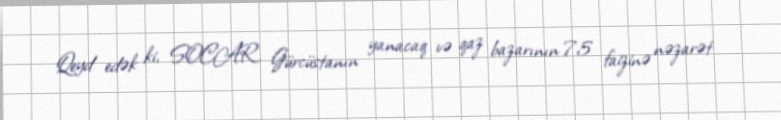
Qeyd edək ki, SOCAR Gürcüstanın yanacaq və qaz bazarının 75 faizinə nəzarət